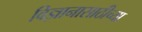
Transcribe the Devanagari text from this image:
विज्ञानासाठीच्या